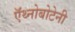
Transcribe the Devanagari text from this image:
ऍथ्नोबोटेनी